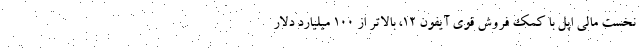
نخست مالی اپل با کمک فروش قوی آیفون ۱۲، بالاتر از ۱۰۰ میلیارد دلار